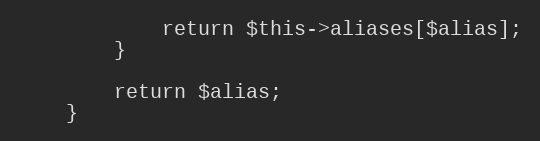
Language: PHP
			return $this->aliases[$alias];
		}

		return $alias;
	}